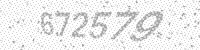
Solution: 672579